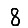
Digit: 8